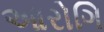
આરોગિ